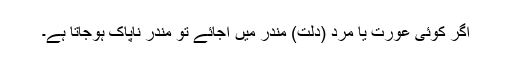
اگر کوئی عورت یا مرد (دلت) مندر میں آجائے تو مندر ناپاک ہوجاتا ہے۔